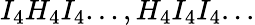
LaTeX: I_{4}H_{4}I_{4}...,H_{4}I_{4}I_{4}...